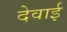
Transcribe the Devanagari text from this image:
देवाई